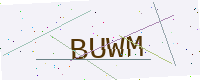
Text: BUWM